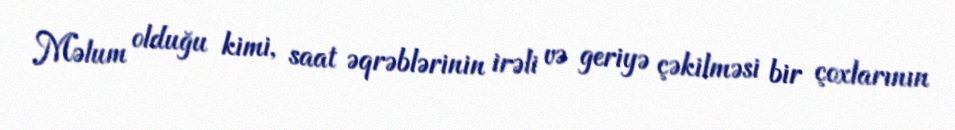
Məlum olduğu kimi, saat əqrəblərinin irəli və geriyə çəkilməsi bir çoxlarının